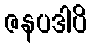
ဇနပဒါပိ